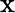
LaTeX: \textrm{x}